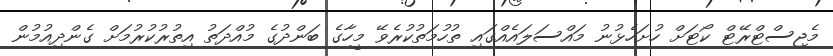
މެޖިސްޓްރޭޓް ކޯޓަށް ހުށަހެޅުނު މައްސަލައެއްގައި ތުހުމަތުކުރެވޭ މީހާގެ ބަންދުގެ މުއްދަތު އިތުރުކުރުމަށް ގެންދިއުމުން